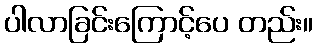
ပါလာခြင်းကြောင့်ပေ တည်း။